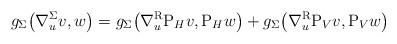
LaTeX: \begin{gather*} g_{\Sigma}\big(\nabla^{\Sigma}_uv,w\big) = g_{\Sigma}\big(\nabla^{\mathrm{R}}_u\mathrm{P}_Hv,\mathrm{P}_Hw\big) + g_{\Sigma}\big(\nabla^{\mathrm{R}}_u\mathrm{P}_Vv,\mathrm{P}_Vw\big) \end{gather*}